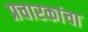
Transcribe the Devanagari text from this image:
प्रचारकांचा